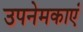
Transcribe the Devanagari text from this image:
उपनेमकाएं